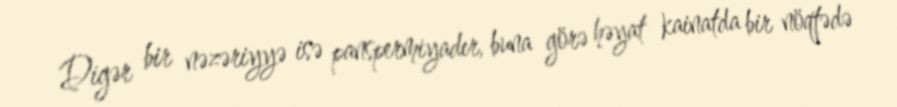
Digər bir nəzəriyyə isə panspermiyadır, buna görə həyat kainatda bir nöqtədə